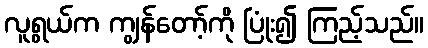
လူရွယ်က ကျွန်တော့်ကို ပြုံး၍ ကြည့်သည်။